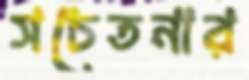
সচেতনার